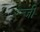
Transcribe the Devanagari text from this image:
रेन्जी